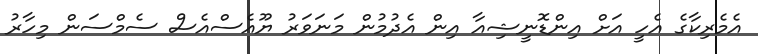
އެމެރިކާގެ އެހީ އަށް އިންޑޮނީޝިއާ އިން އެދުމުން މަނަވަރު ޔޫއެސްއެސް ސެމްސަން މިހާރު